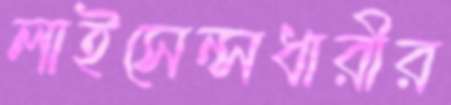
লাইসেন্সধারীর